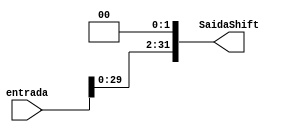
module Shift_Left2 (entrada, SaidaShift);
  input [31:0] entrada;
  output reg [31:0] SaidaShift;
    
  always @(*) begin  //sempre que mudar a entrada faa
    SaidaShift = entrada << 2;
  end
endmodule



module AND (Branch, Zero, ControleAND);
  input Branch;
  input Zero;
  output reg ControleAND;

  always @(Branch, Zero) begin
    ControleAND = Branch & Zero;
  end
endmodule



module AddALU (Entrada1, Shift, ALUAddResult);
  input [31:0] Entrada1;
  input [31:0] Shift;
  output reg [31:0] ALUAddResult;

  always @ (Shift, Entrada1) begin
    ALUAddResult = Entrada1 + Shift;
  end
endmodule